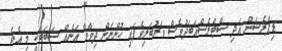
ޑިޕްރެޝަން އަދި ސްޓްރެސްއަބަދުވެސް ވަރުބަލިވެފައި ހުންނަން ދިމާވާ އަނެއް ސަބަބަކީ މި އެވެ.